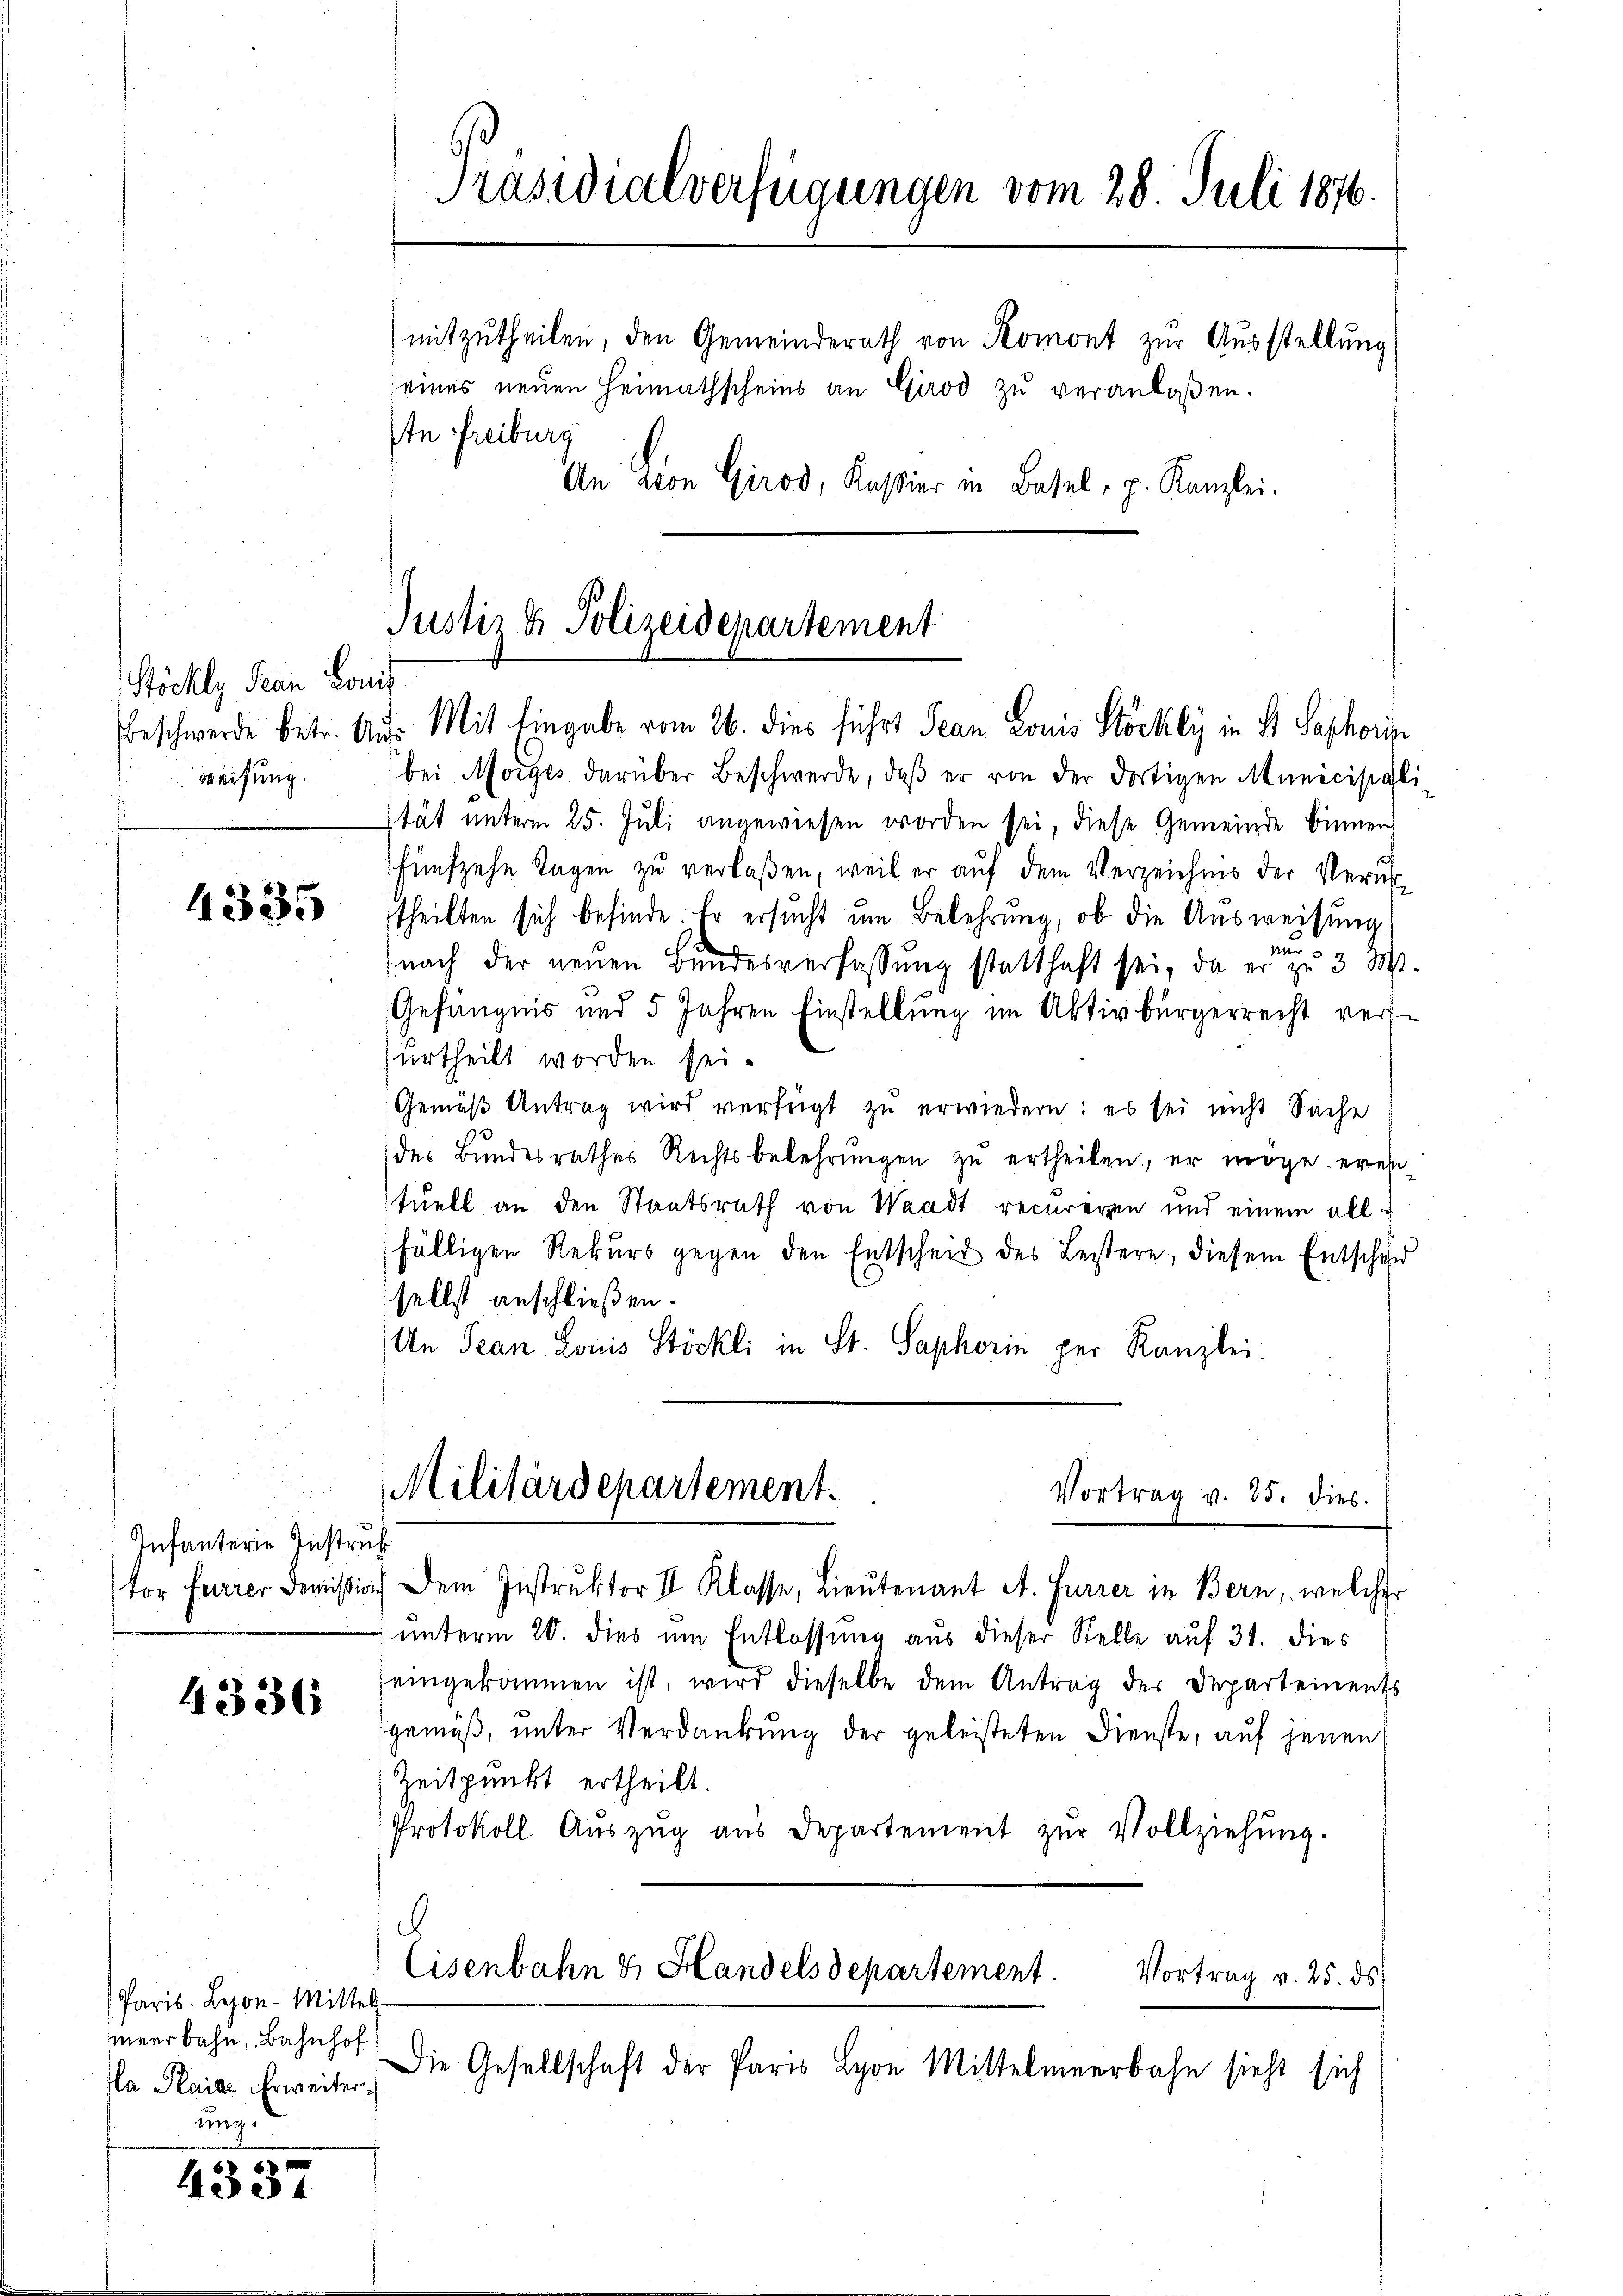
Stöckly Jean Louis
eifung.

4335

Infanterie Instruk

4336

Paris. Leon-Mittel-
hmeerbahn, Bahnhof
a Plaide Verweiter
ung

4337

Präsidialverfügungen vom 28. Juli 1876.
mitzutheilen, den Gemeinderath von Komont zur Ausstellung
seines neuen Heimathscheins an Girod zu veranlaßen.
An Freiburg
An Lion Girod, Kassier in Basel, p. Kanzlei.

bei Morges darüber Beschwerde, daβ er von der dortigen Municipali
ität unterm 25. Juli angewiesen worden sei, diese Gemeinde binner
fünfzehn Tagen zu verlaßen, weil er auf dem Verzeichnis der Verurtheilten sich befinde Er ersucht um Belehrung, ob die Ausweisung
nach der neuen Bundesverfassung statthaft sei, da er zu 3 St.
Gefängnis und 5 Jahren Einstellung im Aktivbürgerrecht versurtheilt worden sei.
Gemäß Antrag wird verfügt zu erwiedern: es sei nicht Sache
des Bŭndesrathes Rechtsbelehrŭngen zŭ ertheilen, er möge erei-
tuell an den Staatsrath von Waadt recureren und einem alle
fälligen Rekurs gegen den Entscheit des Leistere, diesem Entschuld
selbst anschließen.
An Jean Louis Stöckli in St. Saphorin per Kanzlei.
Militärdepartement.
Vortrag v. 25. dies
tor Ferrer Demission dem Instruktor II Klasse, Lieutenant A. Furrer in Bern, welcher
unterm 20. dies um Entlassung aus dieser Stelle auf 31. dies
eingekommen ist, wird dieselbe dem Antrag der Departements
gemäß, unter Verdankung der geleisteten Dienste, auf jenen
Zeitpunkt ertheilt.
Protokoll Aŭszŭg aŭs Departement zŭr Vollziehŭng.
.
Eisenbahn & Handelsdepartement. Vortrag v. 25. ds.
Die Gesellschaft der Paris Lyon Mittelmeerbahn sieht sich

Justiz & Polizeidepartement
Beschwerde betr. Aus Mit Eingabe vom 26. dies führt Jean Louis Stöckly in St. Saphorn